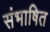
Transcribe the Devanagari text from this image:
संभाषित